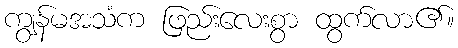
ကျွန်မအသံက ဖြည်းလေးစွာ ထွက်လာ၏။